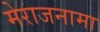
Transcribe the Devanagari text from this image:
मेराजनामा